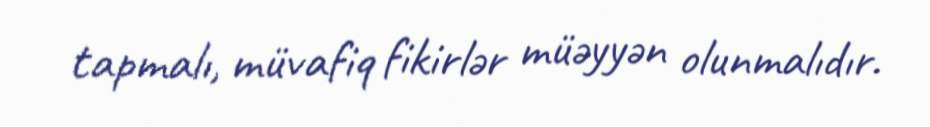
tapmalı, müvafiq fikirlər müəyyən olunmalıdır.